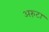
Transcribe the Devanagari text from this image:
अरुंटा